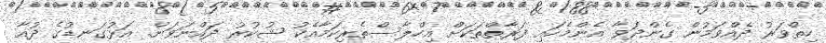
ހިތްވަރު ދެއްވަމުން ގެންދަވާ އެންމެހައި ފަރާތްތަކަށް އިހްލާސްތެރިކަމާއެކު ޝުކުރު ދައްނަވަން. އަޅުގަނޑުގެ ދުއާ